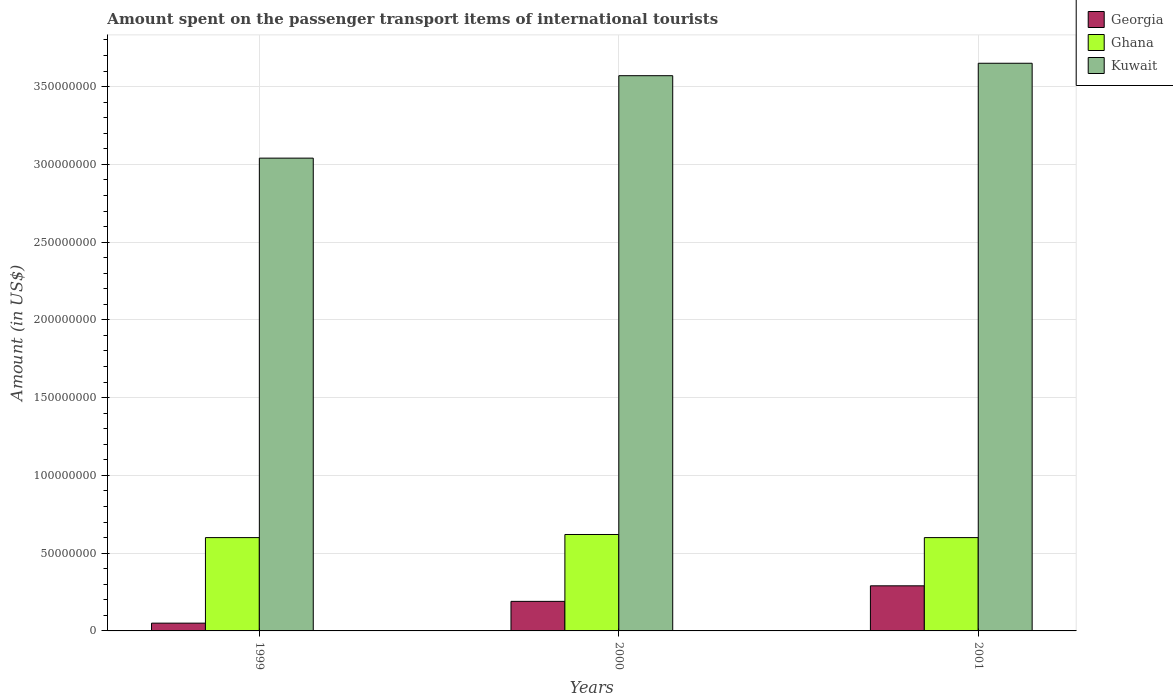
| Years | Georgia | Ghana | Kuwait |
 | --- | --- | --- | --- |
 | 1999 | 5e+06 | 6e+07 | 3.04e+08 |
 | 2000 | 1.9e+07 | 6.2e+07 | 3.57e+08 |
 | 2001 | 2.9e+07 | 6e+07 | 3.65e+08 |